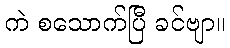
ကဲ စသောက်ပြီ ခင်ဗျာ။